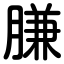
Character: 膁